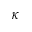
\kappa